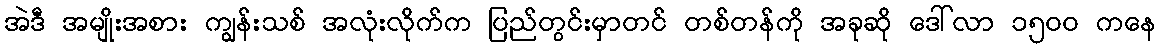
အဲဒီ အမျိုးအစား ကျွန်းသစ် အလုံးလိုက်က ပြည်တွင်းမှာတင် တစ်တန်ကို အခုဆို ဒေါ်လာ ၁၅၀၀ ကနေ